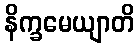
နိက္ခမေယျာတိ